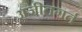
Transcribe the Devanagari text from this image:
अजीतगर्त